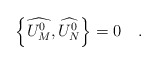
\begin{align*}\left\{ \widehat{U_M^0},\widehat{U_N^0}\right\} =0\quad .\end{align*}